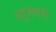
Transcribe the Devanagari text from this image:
श्यूजबरी